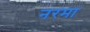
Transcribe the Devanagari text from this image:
नरमा